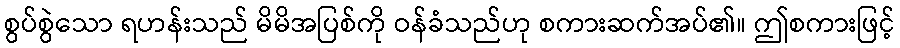
စွပ်စွဲသော ရဟန်းသည် မိမိအပြစ်ကို ဝန်ခံသည်ဟု စကားဆက်အပ်၏။ ဤစကားဖြင့်